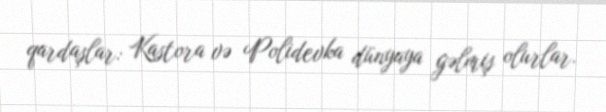
qardaşlar: Kastora və Polidevka dünyaya gəlmiş olurlar.